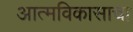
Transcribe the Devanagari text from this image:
आत्मविकासाचा